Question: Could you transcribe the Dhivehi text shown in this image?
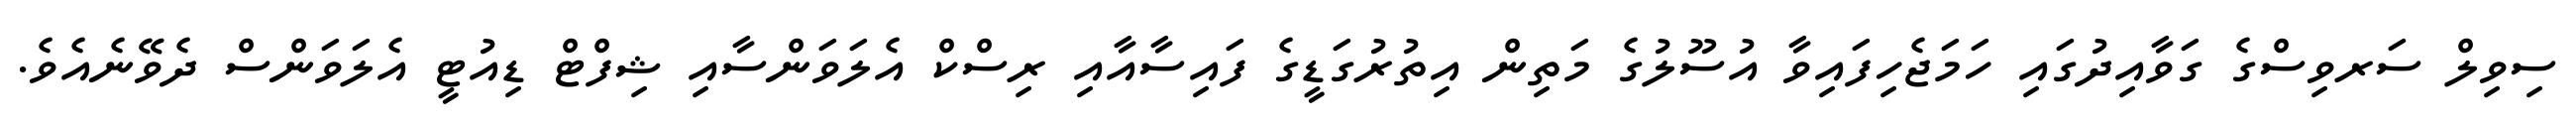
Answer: ސިވިލް ސަރވިސްގެ ގަވާއިދުގައި ހަމަޖެހިފައިވާ އުސޫލުގެ މަތިން އިތުރުގަޑީގެ ފައިސާއާއި ރިސްކް އެލަވަންސާއި ޝިފްޓް ޑިއުޓީ އެލަވަންސް ދެވޭނެއެވެ.